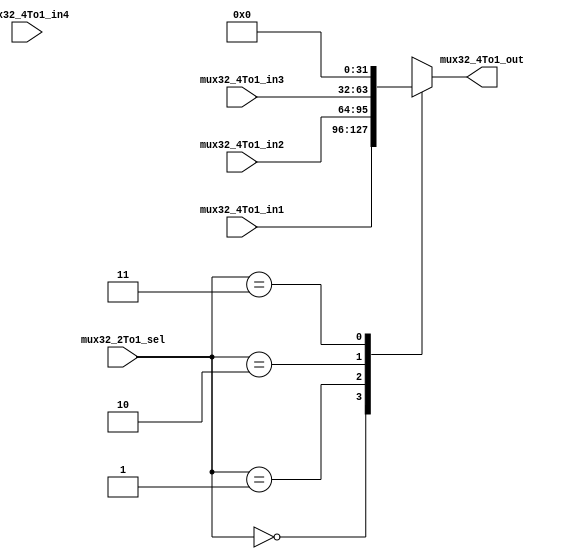
module Mux32_4To1
	(
		input [31:0] mux32_4To1_in1,
		input [31:0] mux32_4To1_in2,
		input [31:0] mux32_4To1_in3,
		input [31:0] mux32_4To1_in4,
		input [1:0]mux32_2To1_sel,
		output reg [31:0] mux32_4To1_out
	); 

	always @(*) begin
		case(mux32_2To1_sel)
			2'b00: mux32_4To1_out = mux32_4To1_in1;
			2'b01: mux32_4To1_out = mux32_4To1_in2;
			2'b10: mux32_4To1_out = mux32_4To1_in3;
			2'b11: mux32_4To1_out = 32'b0;
		endcase
	end

endmodule // Mux32_4To1